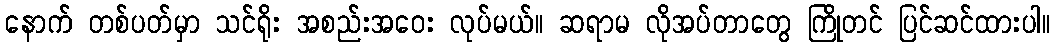
နောက် တစ်ပတ်မှာ သင်ရိုး အစည်းအဝေး လုပ်မယ်။ ဆရာမ လိုအပ်တာတွေ ကြိုတင် ပြင်ဆင်ထားပါ။